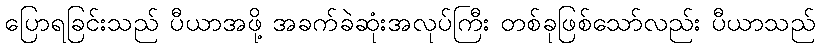
ပြောရခြင်းသည် ပီယာအဖို့ အခက်ခဲဆုံးအလုပ်ကြီး တစ်ခုဖြစ်သော်လည်း ပီယာသည်